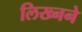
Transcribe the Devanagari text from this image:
लिख्नने